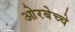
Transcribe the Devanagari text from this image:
ओरबेच्चे